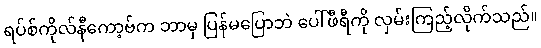
ရပ်စ်ကိုလ်နီကော့ဗ်က ဘာမှ ပြန်မပြောဘဲ ပေါ်ဖီရီကို လှမ်းကြည့်လိုက်သည်။